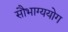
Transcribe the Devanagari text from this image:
सौभाग्ययोग